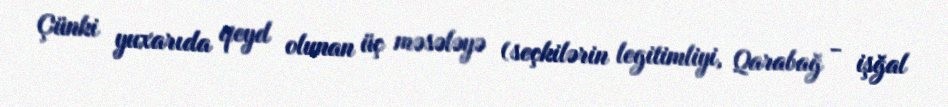
Çünki yuxarıda qeyd olunan üç məsələyə (seçkilərin legitimliyi, Qarabağ - işğal